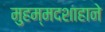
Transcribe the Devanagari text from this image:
मुहम्मदशाहाने